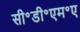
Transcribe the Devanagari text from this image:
सी॰डी॰एम॰ए